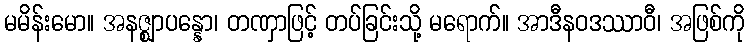
မမိန်းမော။ အနဇ္ဈာပန္နော၊ တဏှာဖြင့် တပ်ခြင်းသို့ မရောက်။ အာဒီနဝဒဿာဝီ၊ အဖြစ်ကို